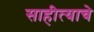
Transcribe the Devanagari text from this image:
साहीत्याचे